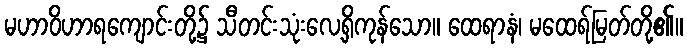
မဟာဝိဟာရကျောင်းတို့၌ သီတင်းသုံးလေ့ရှိကုန်သော။ ထေရာနံ၊ မထေရ်မြတ်တို့၏။